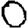
Digit: 0